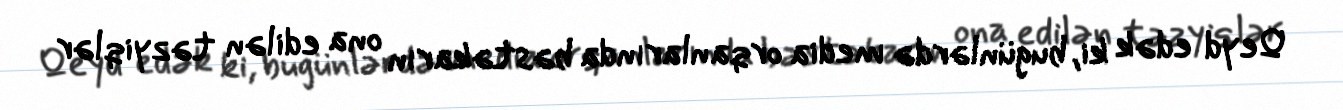
Qeyd edək ki, bugünlərdə media orqanlarında bəstəkarın ona edilən təzyiqlər